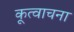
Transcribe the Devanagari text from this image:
कूत्वाचना